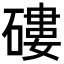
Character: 𥕍